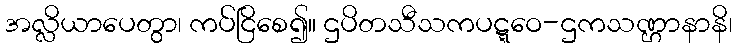
အလ္လိယာပေတွာ၊ ကပ်ငြိစေ၍။ ဌပိတသီသကပဋ္ဋဝေ-ဌကသဏ္ဌာနာနိ၊